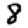
Digit: 8